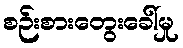
စဉ်းစားတွေးခေါ်မှု